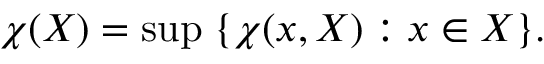
\chi ( X ) = \operatorname* { s u p } \; \{ \chi ( x , X ) : x \in X \} .